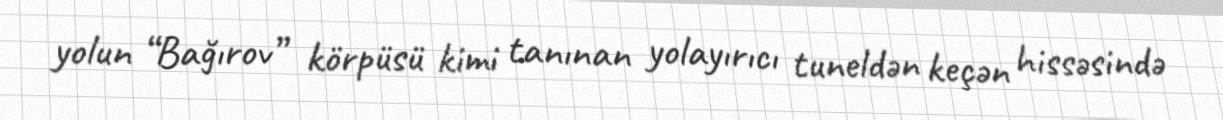
yolun “Bağırov” körpüsü kimi tanınan yolayırıcı tuneldən keçən hissəsində